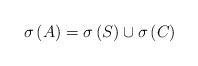
LaTeX: \begin{align*}\sigma \left( A\right) =\sigma \left( S\right) \cup \sigma \left( C\right)\end{align*}